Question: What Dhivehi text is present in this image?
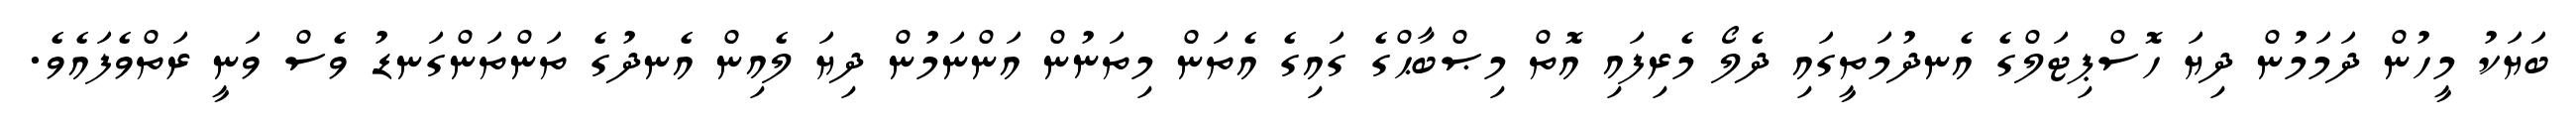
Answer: ބަޔަކު މީހުން ދަމަމުން ދިޔަ ހޮސްޕިޓަލްގެ އެނދުމަތީގައި ދެލޯ މެރިފައި އޮތް މިޞްބާޙްގެ ގައިގެ އެތަން މިތަނުން އަންނަމުން ދިޔަ ލެއިން އެނދުގެ ތަންތަންގަނޑު ވެސް ވަނީ ރަތްވެފައެވެ.